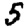
Digit: 5